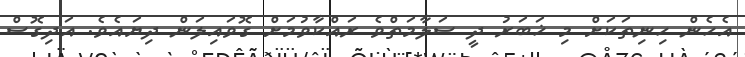
އެހެން ހިނިތަކަށް މި ޚަބަރު ދީ ސަލާމަތްވެ ރައްކާވުމަށް ގޮވައިލަން ދިޔައެވެ. އަދިގޮސް